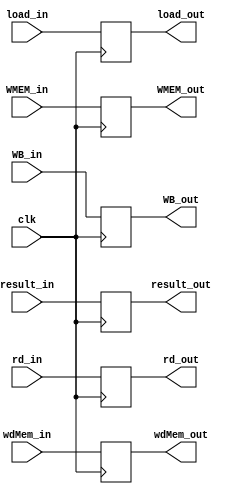
module EXMEM(input clk, input WB_in, WMEM_in, load_in, input [15:0] result_in, wdMem_in, input [2:0] rd_in,
			output reg WB_out, WMEM_out, load_out, output reg [15:0] result_out, wdMem_out, output reg [2:0] rd_out);
	
	initial {WB_out, result_out, rd_out, WMEM_out, load_out, wdMem_out} = 38'b 0;
	
	always @(posedge clk) begin
		WB_out = WB_in;
		result_out = result_in;
		rd_out = rd_in;
		WMEM_out = WMEM_in;
		load_out = load_in;
		wdMem_out = wdMem_in;
	end
endmodule